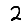
Digit: 2